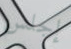
إجلس